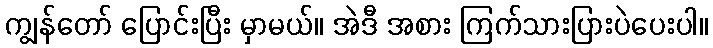
ကျွန်တော် ပြောင်းပြီး မှာမယ်။ အဲဒီ အစား ကြက်သားပြားပဲပေးပါ။